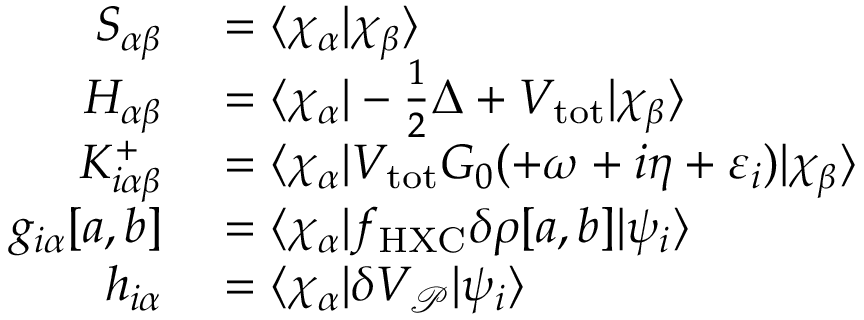
\begin{array} { r l } { S _ { \alpha \beta } } & { { } = \langle \chi _ { \alpha } | \chi _ { \beta } \rangle } \\ { H _ { \alpha \beta } } & { { } = \langle \chi _ { \alpha } | - \frac 1 2 \Delta + V _ { \mathrm { t o t } } | \chi _ { \beta } \rangle } \\ { K _ { i \alpha \beta } ^ { + } } & { { } = \langle \chi _ { \alpha } | V _ { \mathrm { t o t } } G _ { 0 } ( + \omega + i \eta + \varepsilon _ { i } ) | \chi _ { \beta } \rangle } \\ { g _ { i \alpha } [ a , b ] } & { { } = \langle \chi _ { \alpha } | f _ { \mathrm { H X C } } \delta \rho [ a , b ] | \psi _ { i } \rangle } \\ { h _ { i \alpha } } & { { } = \langle \chi _ { \alpha } | \delta V _ { \mathcal P } | \psi _ { i } \rangle } \end{array}